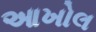
આખોલ